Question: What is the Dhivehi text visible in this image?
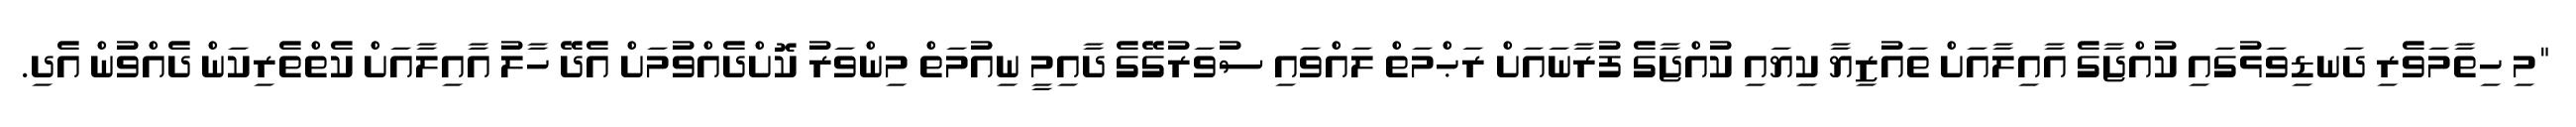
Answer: "މި ހިތާމަވެރި ދަނޑިވަޅުގައި ކުއްޖާގެ އާއިލާއަށް ތައުޒިޔާ ކިޔައި ކުއްޖާގެ ފުރާނައަށް ރަޙްމަތް ލައްވައި ސުވަރުގޭގެ ދާއިމީ ނިއުމަތް މިންވަރު ކޮށްދެއްވުމަށް އެދޭ ހާލު އާއިލާއަށް ކެތްތެރިކަން ދެއްވުން އެދި.